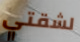
لشقتي